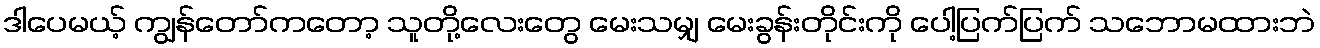
ဒါပေမယ့် ကျွန်တော်ကတော့ သူတို့လေးတွေ မေးသမျှ မေးခွန်းတိုင်းကို ပေါ့ပြက်ပြက် သဘောမထားဘဲ